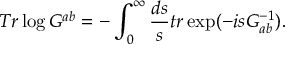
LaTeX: T r \log G ^ { a b } = - \int _ { 0 } ^ { \infty } \frac { d s } { s } t r \exp ( - i s G _ { a b } ^ { - 1 } ) . \nonumber